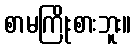
စာမကြိုးစားဘူး။